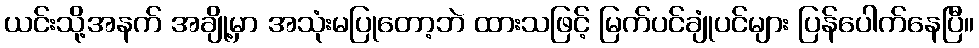
ယင်းသို့အနက် အချို့မှာ အသုံးမပြုတော့ဘဲ ထားသဖြင့် မြက်ပင်ချုံပင်များ ပြန်ပေါက်နေပြီ။